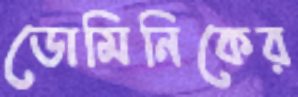
ডোমিনিকের